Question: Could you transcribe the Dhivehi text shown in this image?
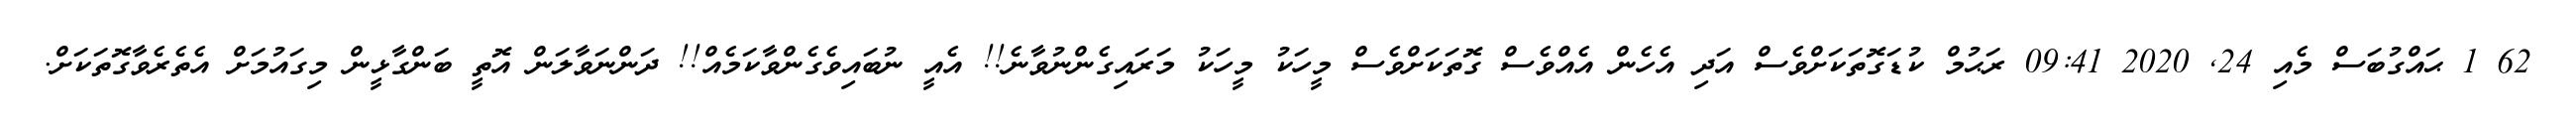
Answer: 62 1 ޙައްގުބަސް މެއި 24, 2020 09:41 ރަޙުމް ކުޑަގޮތަކަށްވެސް އަދި އެހެން އެއްވެސް ގޮތަކަށްވެސް މީހަކު މީހަކު މަރައިގެންނުވާނެ!! އެއީ ނުބައިވެގެންވާކަމެއް!! ދަންނަވާލަން އޮތީ ބަންގާޅީން މިގައުމަށް އެތެރެވާގޮތަކަށް.